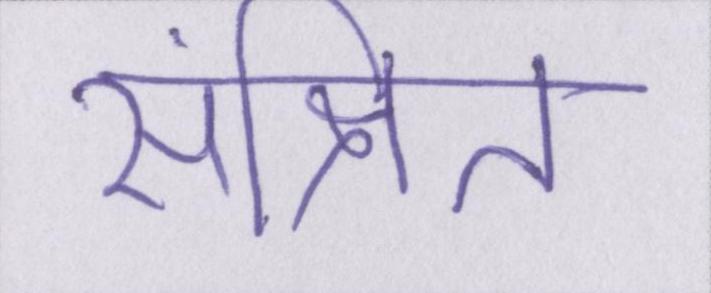
संक्षित